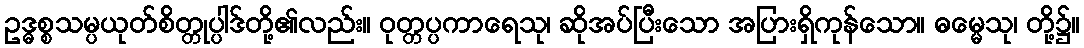
ဥဒ္ဓစ္စသမ္ပယုတ်စိတ္တုပ္ပါဒ်တို့၏လည်း။ ဝုတ္တပ္ပကာရေသု၊ ဆိုအပ်ပြီးသော အပြားရှိကုန်သော။ ဓမ္မေသု၊ တို့၌။